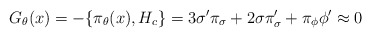
\begin{align*}G_{\theta}(x)=-\{{\pi}_{\theta}(x),H_c\}=3{\sigma}^{\prime}{\pi}_{\sigma}+2\sigma{\pi}^{\prime}_{\sigma}+{\pi}_{\phi}{\phi}^{\prime} \approx 0\end{align*}